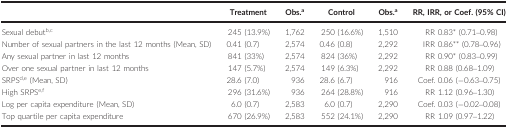
<table><thead><tr><td>[EMPTY_CELL]</td><td><b>Treatment</b></td><td><b>Obs.a</b></td><td><b>Control</b></td><td><b>Obs.a</b></td><td><b>RR, IRR, or Coef. (95% CI)</b></td></tr></thead><tbody><tr><td>Sexual debutb<sup>,</sup>c</td><td>245 (13.9%)</td><td>1,762</td><td>250 (16.6%)</td><td>1,510</td><td>RR 0.83* (0.71–0.98)</td></tr><tr><td>Number of sexual partners in the last 12 months (Mean, SD)</td><td>0.41 (0.7)</td><td>2,574</td><td>0.46 (0.8)</td><td>2,292</td><td>IRR 0.86** (0.78–0.96)</td></tr><tr><td>Any sexual partner in last 12 months</td><td>841 (33%)</td><td>2,574</td><td>824 (36%)</td><td>2,292</td><td>RR 0.90* (0.83–0.99)</td></tr><tr><td>Over one sexual partner in last 12 months</td><td>147 (5.7%)</td><td>2,574</td><td>149 (6.3%)</td><td>2,292</td><td>RR 0.88 (0.68–1.09)</td></tr><tr><td>SRPSd<sup>,</sup>e (Mean, SD)</td><td>28.6 (7.0)</td><td>936</td><td>28.6 (6.7)</td><td>916</td><td>Coef. 0.06 (−0.63–0.75)</td></tr><tr><td>High SRPSe<sup>,</sup>f</td><td>296 (31.6%)</td><td>936</td><td>264 (28.8%)</td><td>916</td><td>RR 1.12 (0.96–1.30)</td></tr><tr><td>Log per capita expenditure (Mean, SD)</td><td>6.0 (0.7)</td><td>2,583</td><td>6.0 (0.7)</td><td>2,290</td><td>Coef. 0.03 (−0.02–0.08)</td></tr><tr><td>Top quartile per capita expenditure</td><td>670 (26.9%)</td><td>2,583</td><td>552 (24.1%)</td><td>2,290</td><td>RR 1.09 (0.97–1.22)</td></tr></tbody></table>